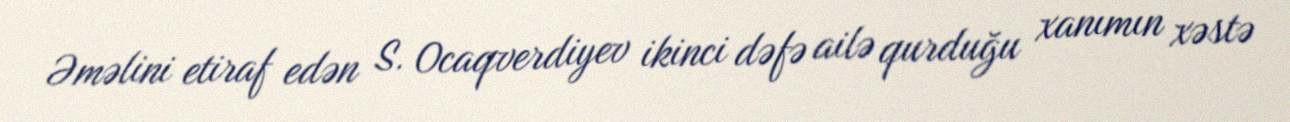
Əməlini etiraf edən S. Ocaqverdiyev ikinci dəfə ailə qurduğu xanımın xəstə